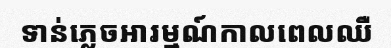
ទាន់ភ្លេចអារម្មណ៍កាលពេលឈឺ